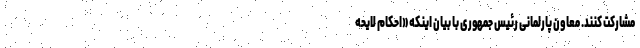
مشارکت کنند. معاون پارلمانی رئیس جمهوری با بیان اینکه «احکام لایحه